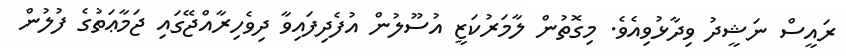
ރައީސް ނަޝީދު ވިދާޅުވިއެވެ. މިގޮތުން ލާމަރުކަޒީ އުސޫލުން އުފެދިފައިވާ ދިވެހިރާއްޖޭގައި ޖަމާޢަތުގެ ފުލުން